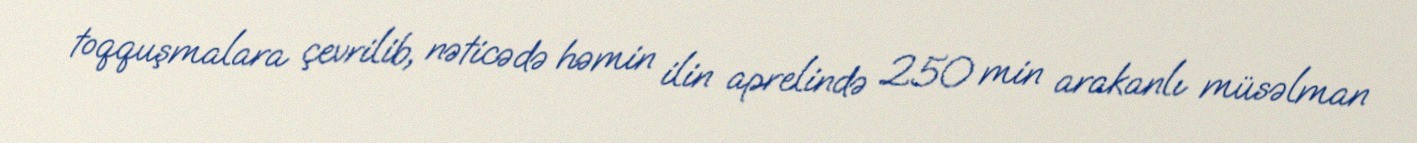
toqquşmalara çevrilib, nəticədə həmin ilin aprelində 250 min arakanlı müsəlman